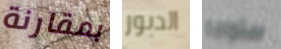
بمقارنة الدبور ستواجه